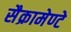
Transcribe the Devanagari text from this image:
सैक्रामेण्टे